Lunatic asylums Central Provinces reports 1874-1885 - 1874-1885
Year: 1874
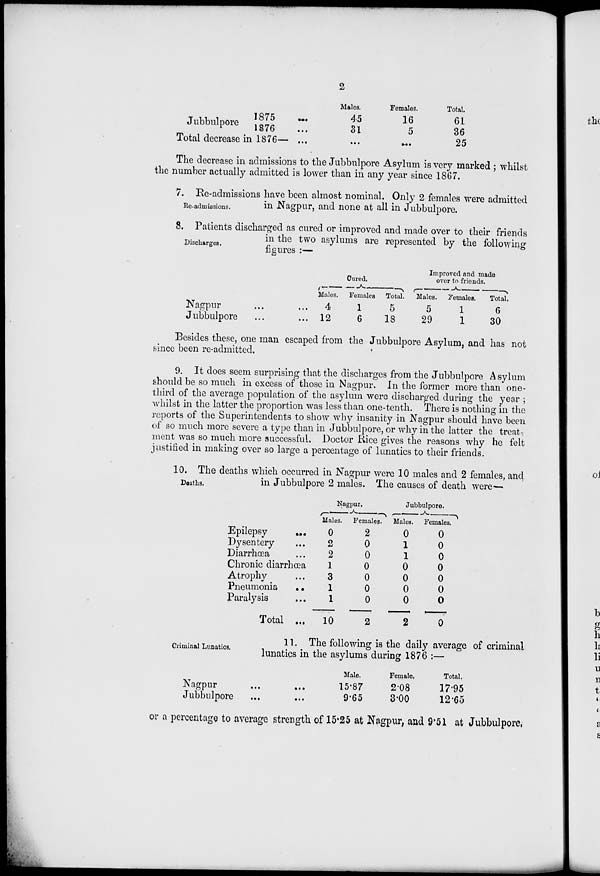
2
Jubbulpore
1875 ...
1876 ...
Total decrease in 1876— ...
Males.
45
31
...
Females.
16
5
…
Total.
61
36
25
The decrease in admissions to the Jubbulpore Asylum is very marked ; whilst
the number actually admitted is lower than in any year since 1867.
Re-admissions.
7. Re-admissions have been almost nominal. Only 2 females were admitted
in Nagpur, and none at all in Jubbulpore.
Discharges.
8. Patients discharged as cured or improved and made over to their friends
in the two asylums are represented by the following
figures :—
Nagpur … …
Jubbulpore … …
Cured.
Males.
4
12
Females.
1
6
Total.
5
18
Improved and made
over to friends.
Males.
5
29
Females.
1
1
Total.
6
30
Besides these, one man escaped from the Jubbulpore Asylum, and has not
since been re-admitted.
9. It does seem surprising that the discharges from the Jubbulpore Asylum
should be so much in excess of those in Nagpur. In the former more than one-
third of the average population of the asylum were discharged during the year ;
whilst in the latter the proportion was less than one-tenth. There is nothing in the
reports of the Superintendents to show why insanity in Nagpur should have been
of so much more severe a type than in Jubbulpore, or why in the latter the treat
ment was so much more successful. Doctor Rice gives the reasons why he felt
justified in making over so large a percentage of lunatics to their friends.
Deaths.
10. The deaths which occurred in Nagpur were 10 males and 2 females, and
in Jubbulpore 2 males. The causes of death were—
Epilepsy ...
Dysentery ...
Diarrhœa ...
Chronic diarrhœa
Atrophy ...
Pneumonia
...
Paralysis ...
Total ...
Nagpur.
Males.
0
2
2
1
3
1
1
10
Females.
2
0
0
0
0
0
0
2
Jubbulpore.
Males.
0
1
1
0
0
0
0
2
Females.
0
0
0
0
0
0
0
0
Criminal Lunatics.
11. The following is the daily average of criminal
lunatics in the asylums during 1876 :—
Nagpur … …
Jubbulpore … …
Male.
15.87
9.65
Female.
2.08
3.00
Total.
17.95
12.65
or a percentage to average strength of 15.25 at Nagpur, and 9.51 at Jubbulpore.